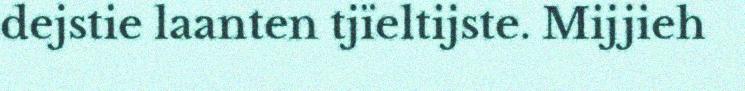
dejstie laanten tjïeltijste. Mijjieh